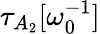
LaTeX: \tau_{A_{2}}[\omega_{0}^{-1}]